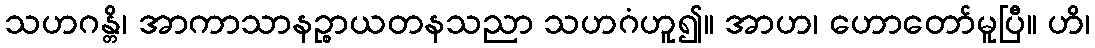
သဟဂန္တိ၊ အာကာသာနဉ္စာယတနသညာ သဟဂံဟူ၍။ အာဟ၊ ဟောတော်မူပြီ။ ဟိ၊